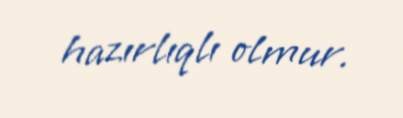
hazırlıqlı olmur.